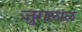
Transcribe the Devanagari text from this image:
जुगलाल